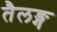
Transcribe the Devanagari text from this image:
तैलङ्ग